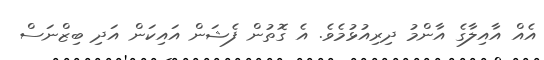
އެއް އާއިލާގެ އާންމު ދިރިއުޅުމެވެ. އެ ގޮތުން ފެޝަން އައިކަން އަދި ބިޒްނަސް